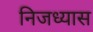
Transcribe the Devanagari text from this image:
निजध्यास